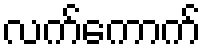
လက်ကောက်